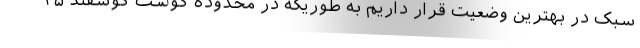
سبک در بهترین وضعیت قرار داریم به طوریکه در محدوده گوشت گوسفند ۳۵